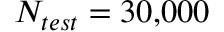
N _ { t e s t } = 3 0 \small { , } 0 0 0